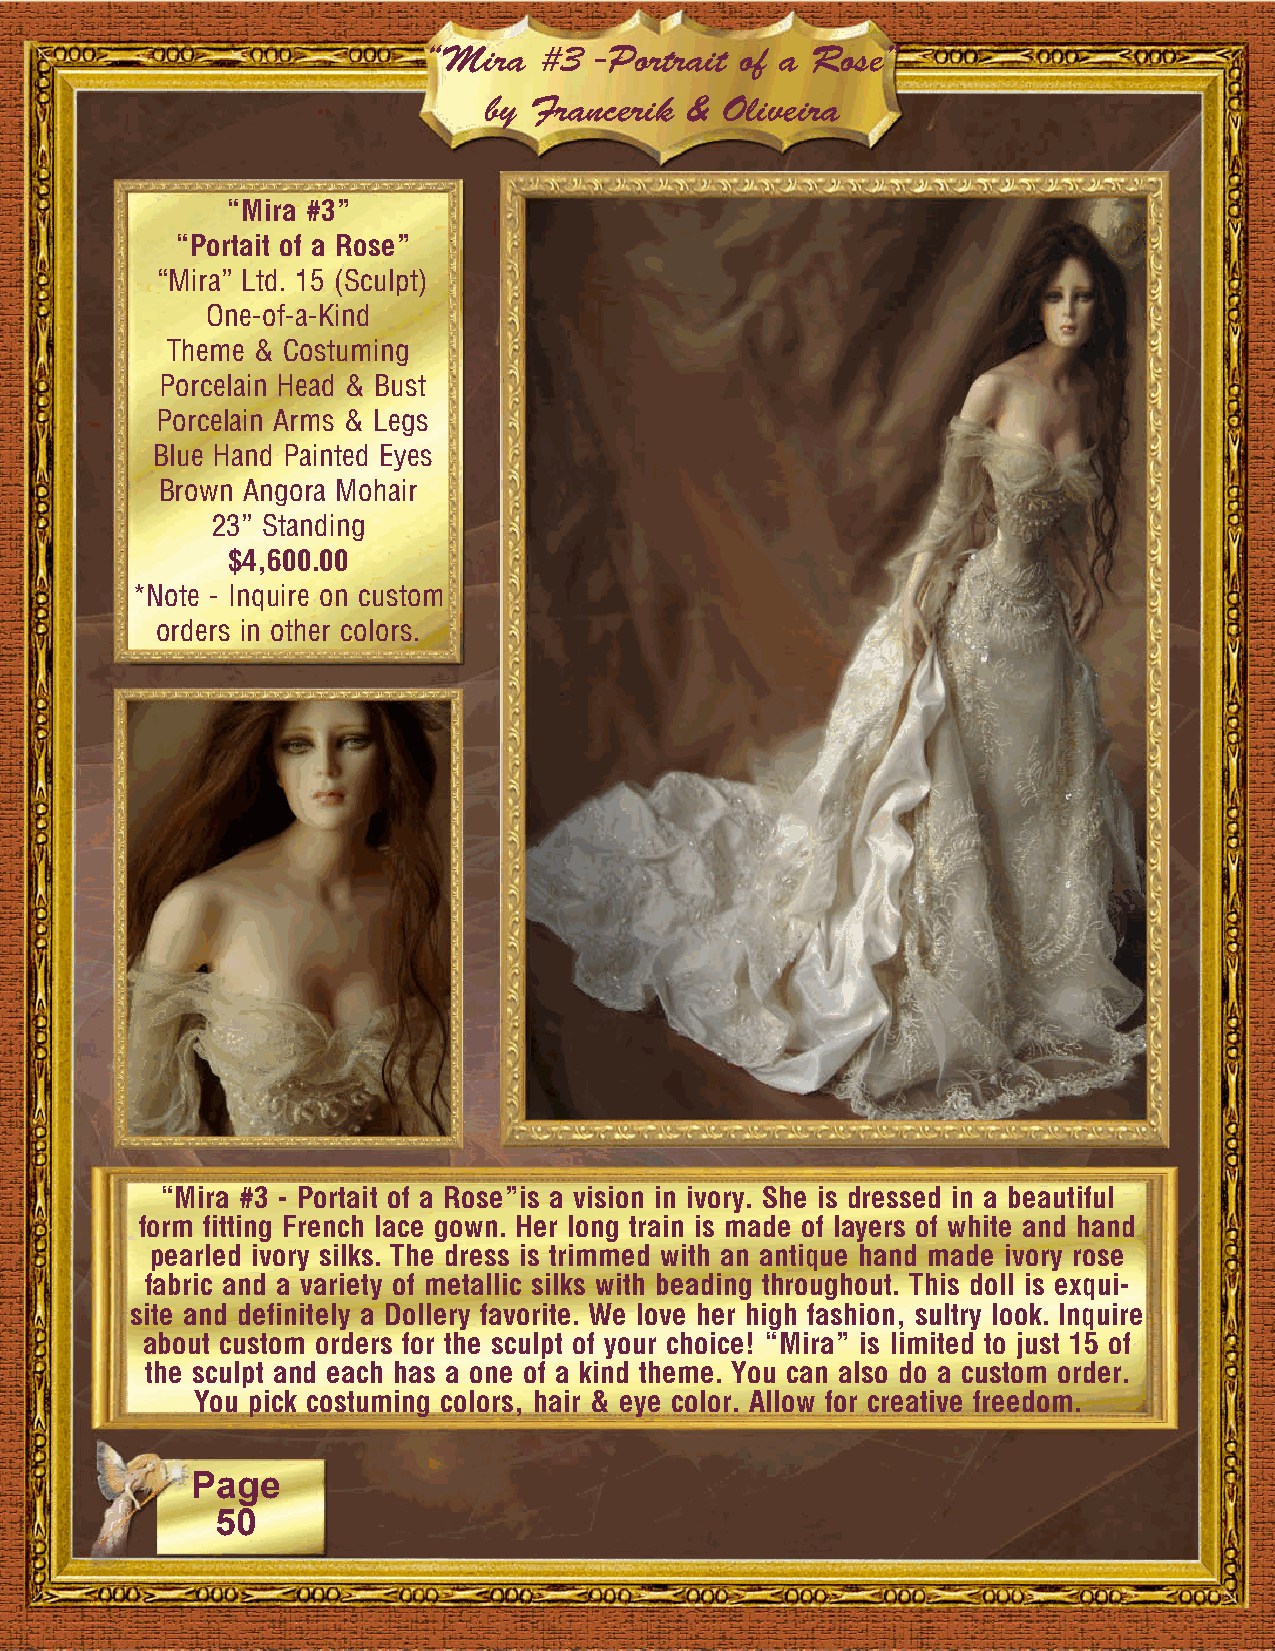
“Mira   #3 -Portrait of a Rose”
 by Francerik  & Oliveira
 “Mira #3”
 “Portait of a Rose”
 “Mira” Ltd. 15 (Sculpt)
 One-of-a-Kind
 Theme & Costuming
 Porcelain Head & Bust
 Porcelain Arms & Legs
 Blue Hand Painted Eyes
 Brown Angora Mohair
 23” Standing
 $4,600.00
 *Note - Inquire on custom
 orders in other colors.
 “Mira #3 - Portait of a Rose”is a vision in ivory. She is dressed in a beautiful
 form fitting French lace gown. Her long train is made of layers of white and hand
 pearled ivory silks. The dress is trimmed with an antique hand made ivory rose
 fabric and a variety of metallic silks with beading throughout. This doll is exqui-
 site and definitely a Dollery favorite. We love her high fashion, sultry look. Inquire
 about custom orders for the sculpt of your choice! “Mira” is limited to just 15 of
 the sculpt and each has a one of a kind theme. You can also do a custom order.
 You pick costuming colors, hair & eye color. Allow for creative freedom.
 Page
 50